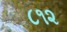
૮૧૨